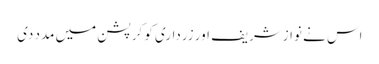
اس نے نوازشریف اور زرداری کو کرپشن میں مدد دی